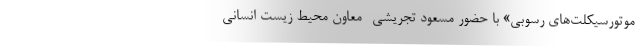
موتورسیکلت‌های رسوبی» با حضور مسعود تجریشی -معاون محیط زیست انسانی